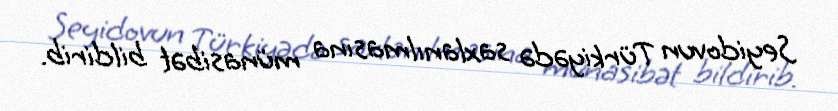
Seyidovun Türkiyədə saxlanılmasına münasibət bildirib.